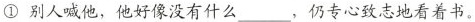
① 别人喊他，他好像没有什么 ___ ，仍专心致志地看着书。